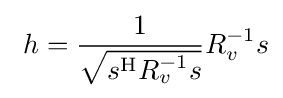
\ h={\frac {1}{\sqrt {s^{\mathrm {H} }R_{v}^{-1}s}}}R_{v}^{-1}s